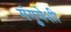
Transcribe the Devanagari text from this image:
मंगुयेशी